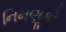
નિમણૂકો